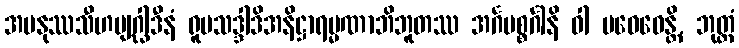
အမနုဿသီဟဗျဂ္ဃါဒီနံ ရူပသဒ္ဒါဒိအနိဋ္ဌာရမ္မဏာဘိဘူတဿ အင်္ဂပစ္စင်္ဂါနိ ဝါ ပဝေဓေန္တိ, ဘုတ္တံ